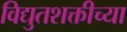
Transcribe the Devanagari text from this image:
विद्युतशक्तीच्या